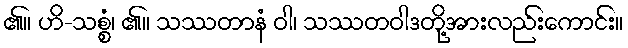
၏။ ဟိ-သစ္စံ၊ ၏။ သဿတာနံ ဝါ၊ သဿတဝါဒတို့အားလည်းကောင်း။